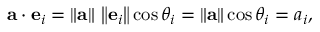
\mathbf { a } \cdot \mathbf { e } _ { i } = \left\| \mathbf { a } \right\| \, \left\| \mathbf { e } _ { i } \right\| \cos \theta _ { i } = \left\| \mathbf { a } \right\| \cos \theta _ { i } = a _ { i } ,